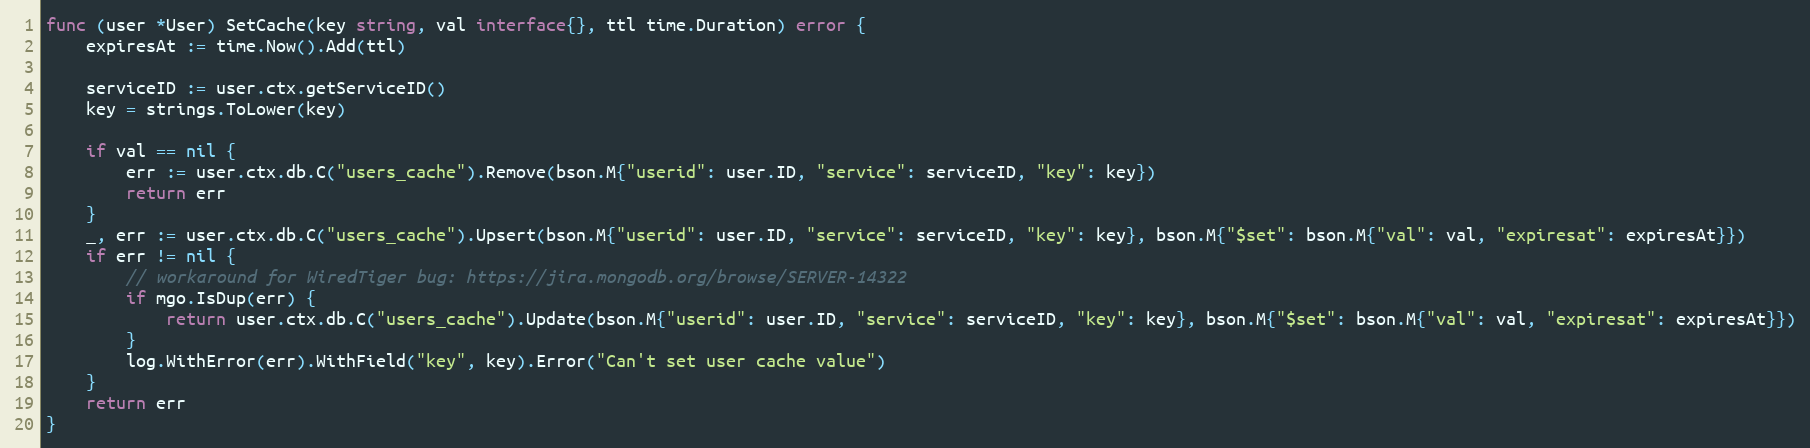
Language: Go
func (user *User) SetCache(key string, val interface{}, ttl time.Duration) error {
	expiresAt := time.Now().Add(ttl)

	serviceID := user.ctx.getServiceID()
	key = strings.ToLower(key)

	if val == nil {
		err := user.ctx.db.C("users_cache").Remove(bson.M{"userid": user.ID, "service": serviceID, "key": key})
		return err
	}
	_, err := user.ctx.db.C("users_cache").Upsert(bson.M{"userid": user.ID, "service": serviceID, "key": key}, bson.M{"$set": bson.M{"val": val, "expiresat": expiresAt}})
	if err != nil {
		// workaround for WiredTiger bug: https://jira.mongodb.org/browse/SERVER-14322
		if mgo.IsDup(err) {
			return user.ctx.db.C("users_cache").Update(bson.M{"userid": user.ID, "service": serviceID, "key": key}, bson.M{"$set": bson.M{"val": val, "expiresat": expiresAt}})
		}
		log.WithError(err).WithField("key", key).Error("Can't set user cache value")
	}
	return err
}